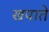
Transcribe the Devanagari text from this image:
खपाते